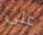
على